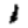
Digit: 1